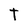
Character: T